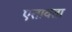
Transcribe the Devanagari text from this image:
एतावता